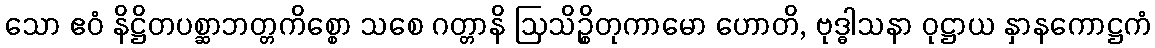
သော ဧဝံ နိဋ္ဌိတပစ္ဆာဘတ္တကိစ္စော သစေ ဂတ္တာနိ ဩသိဉ္စိတုကာမော ဟောတိ, ဗုဒ္ဓါသနာ ဝုဋ္ဌာယ နှာနကောဋ္ဌကံ